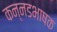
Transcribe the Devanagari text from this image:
कन्‍नडभाषक